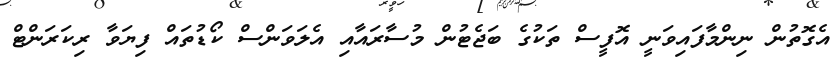
އެގޮތުން ނިންމާފައިވަނީ އޮފީސް ތަކުގެ ބަޖެޓުން މުސާރައާއި އެލަވަންސް ކޯޑުތައް ފިޔަވާ ރިކަރަންޓް